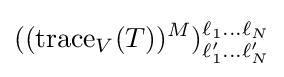
((\operatorname {trace} _{V}(T))^{M})_{\ell '_{1}\dots \ell '_{N}}^{\ell _{1}\dots \ell _{N}}